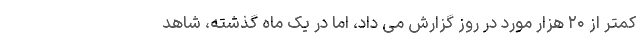
کمتر از ۲۰ هزار مورد در روز گزارش می داد، اما در یک ماه گذشته، شاهد